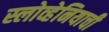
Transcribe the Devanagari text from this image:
स्लोव्हेनियाची